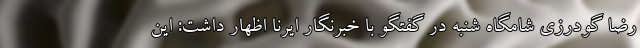
رضا گودرزی شامگاه شنبه در گفتگو با خبرنگار ایرنا اظهار داشت: این